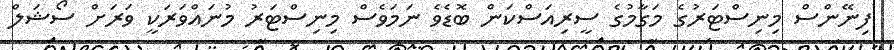
ފިނޭންސް މިނިސްޓަރުގެ މަގާމުގެ ސީރިއަސްކަން ބޮޑެވެ ނަމަވެސް މިނިސްޓަރު މުނައްވަރަކީ ވަރަށް ސޯޝަލް